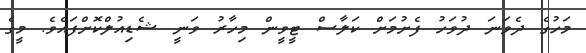
މަހުގެ ދެވަނަ ދުވަހު ފެށުމަށް ކަލާސް ޓީވީން މިހާރު ވަނީ ޝެޑިއުލްކޮށްފައެވެ. މީގެ